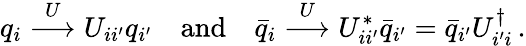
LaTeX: q_{i}\stackrel{U}{\longrightarrow}U_{ii^{\prime}}q_{i^{\prime}}\quad\mathrm{and}\quad\bar{q}_{i}\stackrel{U}{\longrightarrow}U_{ii^{\prime}}^{*}\bar{q}_{i^{\prime}}=\bar{q}_{i^{\prime}}U_{i^{\prime}i}^{\dagger}\, .